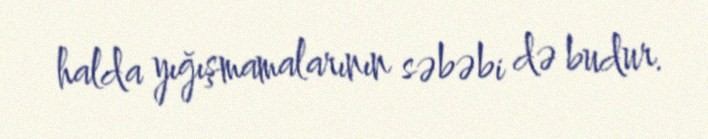
halda yığışmamalarının səbəbi də budur.